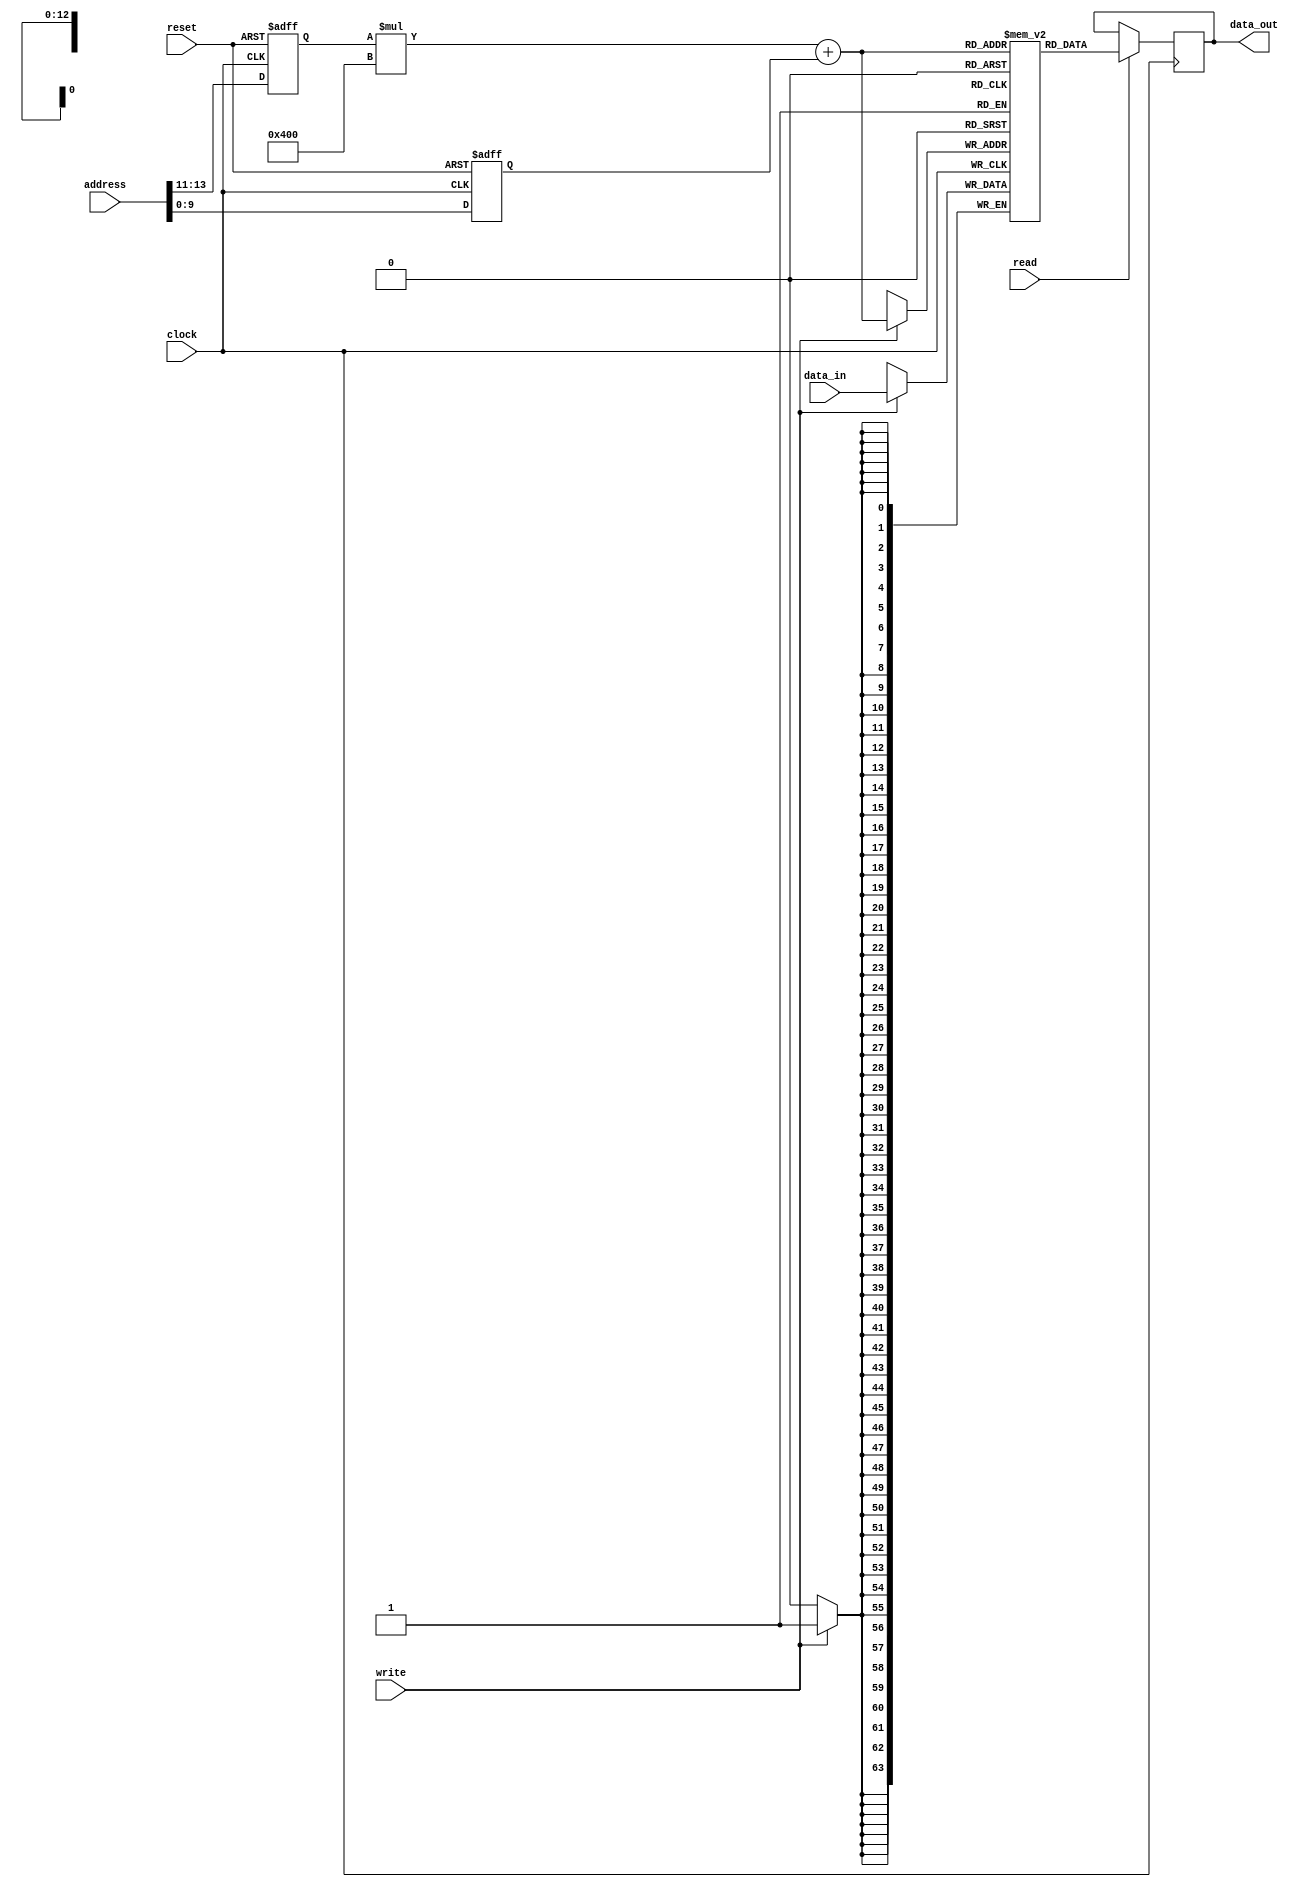
module MemoryBlockHBM (
    input wire [31:0] address,
    input wire read,
    input wire write,
    input wire [63:0] data_in,
    output reg [63:0] data_out,
    input wire clock,
    input wire reset
);

// Memory block parameters
parameter NUM_BANKS = 8;
parameter NUM_ROWS = 1024;
parameter ECC_ENABLED = 1;

// Internal memory arrays
reg [63:0] memory_array [NUM_BANKS][NUM_ROWS];

// Address decoding logic
reg [2:0] bank_select;
reg [9:0] row_address;

always @ (posedge clock or posedge reset)
begin
    if (reset)
    begin
        bank_select <= 3'b000;
        row_address <= 10'b0000000000;
    end
    else
    begin
        bank_select <= address[13:11];
        row_address <= address[10:0];
    end
end

// Read and write control logic
always @ (posedge clock)
begin
    if (read)
    begin
        data_out <= memory_array[bank_select][row_address];
    end

    if (write)
    begin
        memory_array[bank_select][row_address] <= data_in;
    end
end

// ECC logic
// Implement error correction coding logic here if ECC_ENABLED is set

endmodule